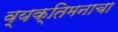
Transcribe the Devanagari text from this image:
व्यक्तिमनाचा